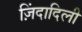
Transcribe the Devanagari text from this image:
ज़िंदादिली